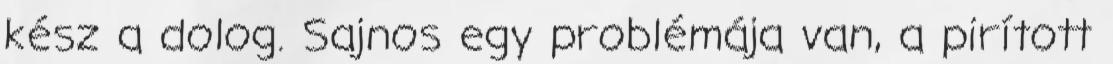
kész a dolog. Sajnos egy problémája van, a pirított